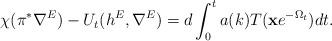
LaTeX: \begin{align*}\chi(\pi^*\nabla^E)-U_t(h^E, \nabla^E)=d\int^t_0a(k)T(\bold{x}e^{-\Omega_t})dt.\end{align*}